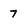
Character: 7